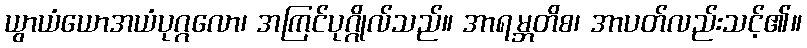
ယွာယံယောအယံပုဂ္ဂလော၊ အကြင်ပုဂ္ဂိုလ်သည်။ အာရမ္ဘတိစ၊ အာပတ်လည်းသင့်၏။